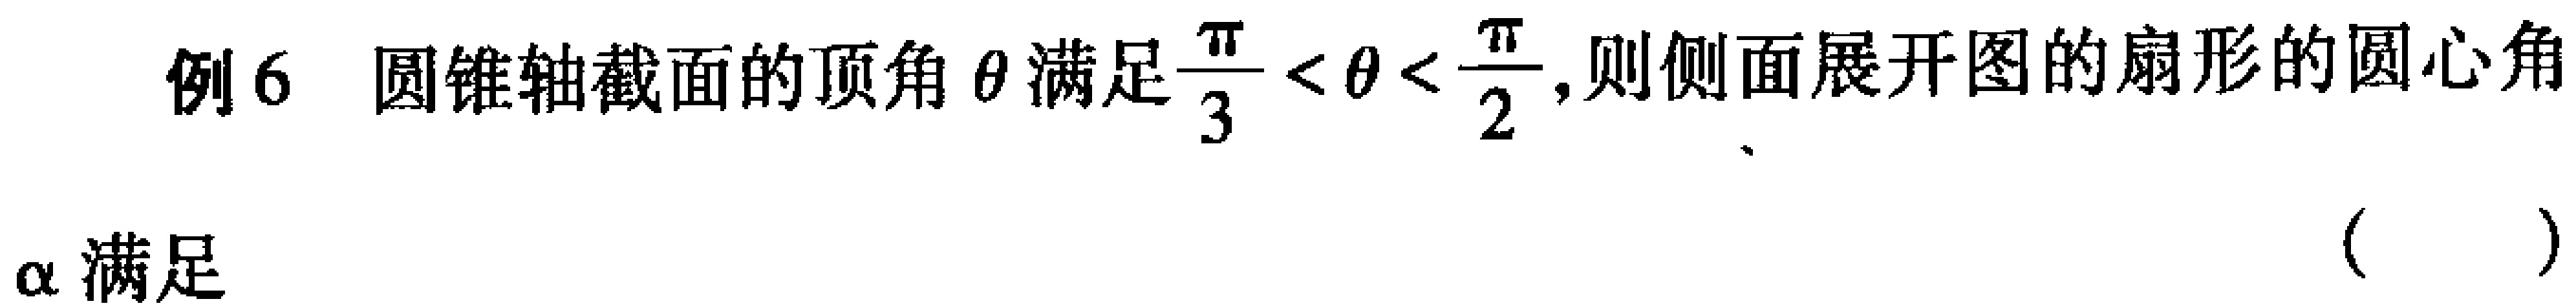
例6 圆锥轴截面的顶角$\theta$满足$\frac{\pi}{3} < \theta < \frac{\pi}{2}$,则侧面展开图的扇形的圆心角
$\alpha$满足 （  ）